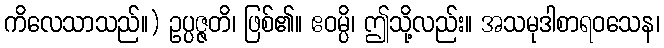
ကိလေသာသည်။) ဥပ္ပဇ္ဇတိ၊ ဖြစ်၏။ ဧဝမ္ပိ၊ ဤသို့လည်း။ အသမုဒါစာရဝသေန၊